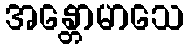
အန္တောမာသေ